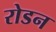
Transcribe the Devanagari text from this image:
रोडन